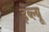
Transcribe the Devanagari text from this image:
ड़ब्ल्यू